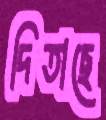
দিতাছে